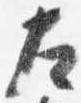
左